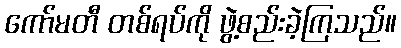
ကော်မတီ တစ်ရပ်ကို ဖွဲ့စည်းခဲ့ကြသည်။